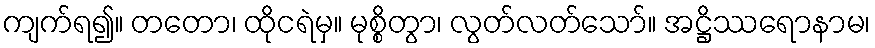
ကျက်ရ၍။ တတော၊ ထိုငရဲမှ။ မုစ္စိတွာ၊ လွတ်လတ်သော်။ အဋ္ဌိဿရောနာမ၊